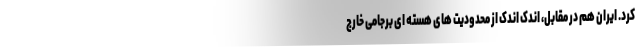
کرد. ایران هم در مقابل، اندک اندک از محدودیت های هسته ای برجامی خارج